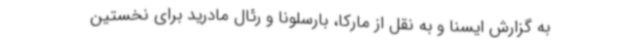
به گزارش ایسنا و به نقل از مارکا، بارسلونا و رئال مادرید برای نخستین